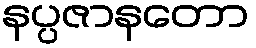
နပ္ပဇာနတော